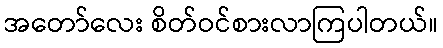
အတော်လေး စိတ်ဝင်စားလာကြပါတယ်။